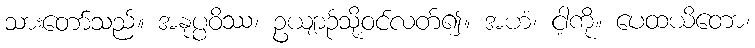
သားတော်သည်။ အနုပ္ပဝိဿ၊ ဥယျာဉ်သို့ဝင်လတ်၍။ အဟံ၊ ငါ့ကို။ ပေထယိတော၊